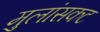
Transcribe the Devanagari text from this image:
मुलांसकट